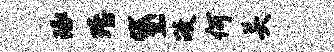
琢殪黛政何关